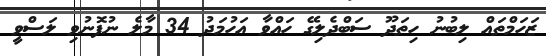
ޒަހަމްތައް ލިބުނު ހިތަދޫ ސަބްދެލިގޭ ހައްވާ އަހުމަދު 34 މާލެ ނުފޮނުވި ލަސްވީ